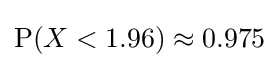
\mathrm {P} (X<1.96)\approx 0.975